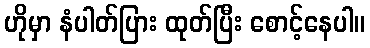
ဟိုမှာ နံပါတ်ပြား ထုတ်ပြီး စောင့်နေပါ။